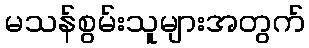
မသန်စွမ်းသူများအတွက်